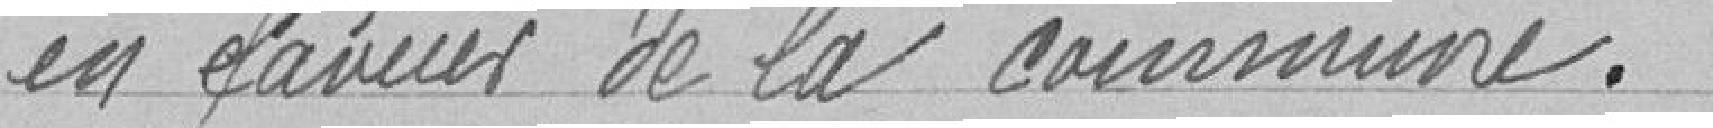
en faveur de la Commune.